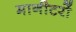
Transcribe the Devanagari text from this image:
मानीटरों